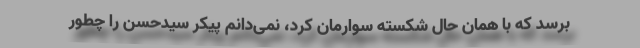
برسد که با همان حال شکسته سوارمان کرد، نمی‌دانم پیکر سیدحسن را چطور